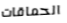
الحماقات